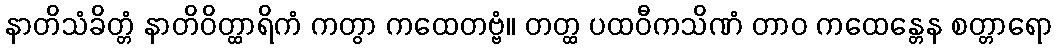
နာတိသံခိတ္တံ နာတိဝိတ္ထာရိကံ ကတွာ ကထေတဗ္ဗံ။ တတ္ထ ပထဝီကသိဏံ တာဝ ကထေန္တေန စတ္တာရော